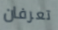
تعرفان